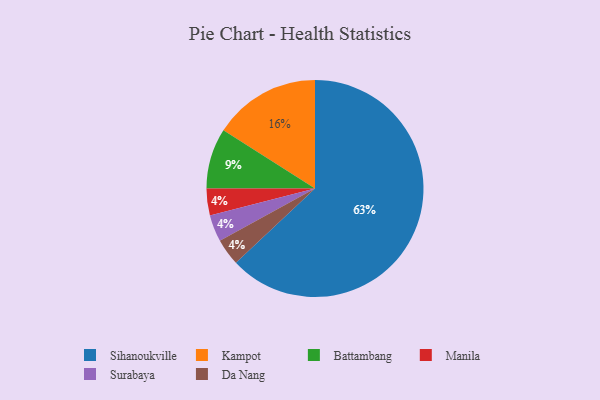
{"axis": {"x": "Category", "y": "Percentage"}, "legend": ["Battambang", "Da Nang", "Kampot", "Manila", "Sihanoukville", "Surabaya"], "data": [{"x": "Manila", "y": 4, "type": "Manila"}, {"x": "Sihanoukville", "y": 63, "type": "Sihanoukville"}, {"x": "Kampot", "y": 16, "type": "Kampot"}, {"x": "Surabaya", "y": 4, "type": "Surabaya"}, {"x": "Battambang", "y": 9, "type": "Battambang"}, {"x": "Da Nang", "y": 4, "type": "Da Nang"}]}